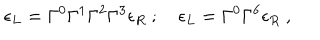
LaTeX: \epsilon _ { L } = \Gamma ^ { 0 } \Gamma ^ { 1 } \Gamma ^ { 2 } \Gamma ^ { 3 } \epsilon _ { R } \ ; \quad \epsilon _ { L } = \Gamma ^ { 0 } \Gamma ^ { 6 } \epsilon _ { R } \ ,